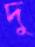
দু